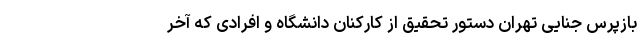
بازپرس جنایی تهران دستور تحقیق از کارکنان دانشگاه و افرادی که آخر